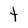
Character: t